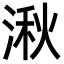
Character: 湫